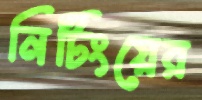
নিটিংয়ের